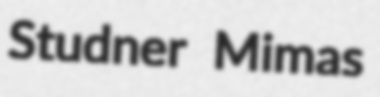
Studner Mimas